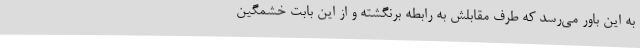
به این باور می‌رسد که طرف مقابلش به رابطه برنگشته و از این بابت خشمگین